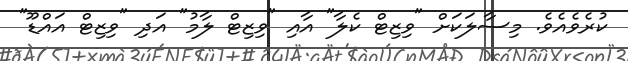
ކުރެވެއެވެ. މިސާލަކަށް "ވިޒިޓް ކެލާ" އާއި "ވިޒިޓް ލާމު" އަދި "ވިޒިޓް އައްޑޫ"